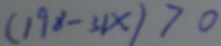
( 1 9 8 - 3 1 x ) > 0